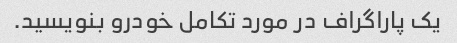
یک پاراگراف در مورد تکامل خودرو بنویسید.